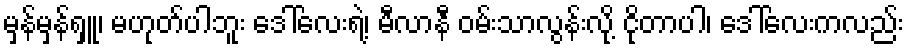
မှန်မှန်ရှူ၊ မဟုတ်ပါဘူး ဒေါ်လေးရဲ့၊ မီလာနီ ဝမ်းသာလွန်းလို့ ငိုတာပါ၊ ဒေါ်လေးကလည်း